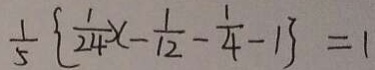
\frac { 1 } { 5 } \{ \frac { 1 } { 2 4 } x - \frac { 1 } { 1 2 } - \frac { 1 } { 4 } - 1 \} = 1